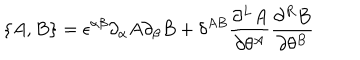
\{ A , B \} = \epsilon ^ { \alpha \beta } \partial _ { \alpha } A \partial _ { \beta } B + \delta ^ { A B } \frac { \partial ^ { L } A } { \partial \theta ^ { A } } \frac { \partial ^ { R } B } { \partial \theta ^ { B } }